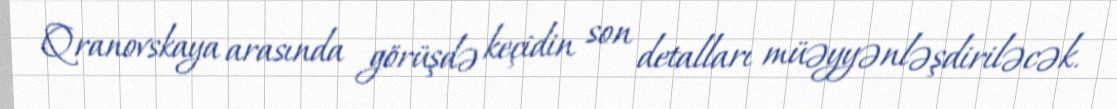
Qranovskaya arasında görüşdə keçidin son detalları müəyyənləşdiriləcək.